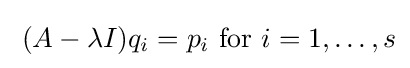
\;(A-\lambda I)q_{i}=p_{i}{\mbox{ for }}i=1,\ldots ,s